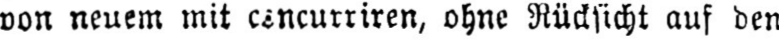
von neuem mit concurriren, ohne Rücksicht auf den